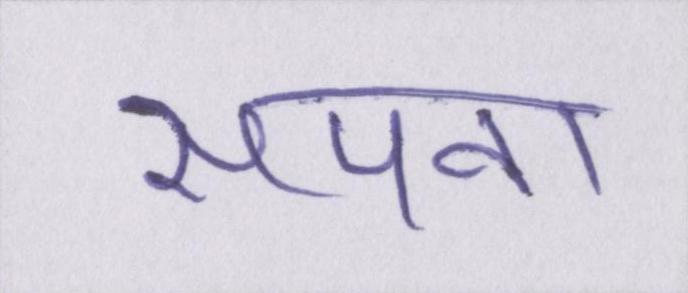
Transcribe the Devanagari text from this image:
सपना